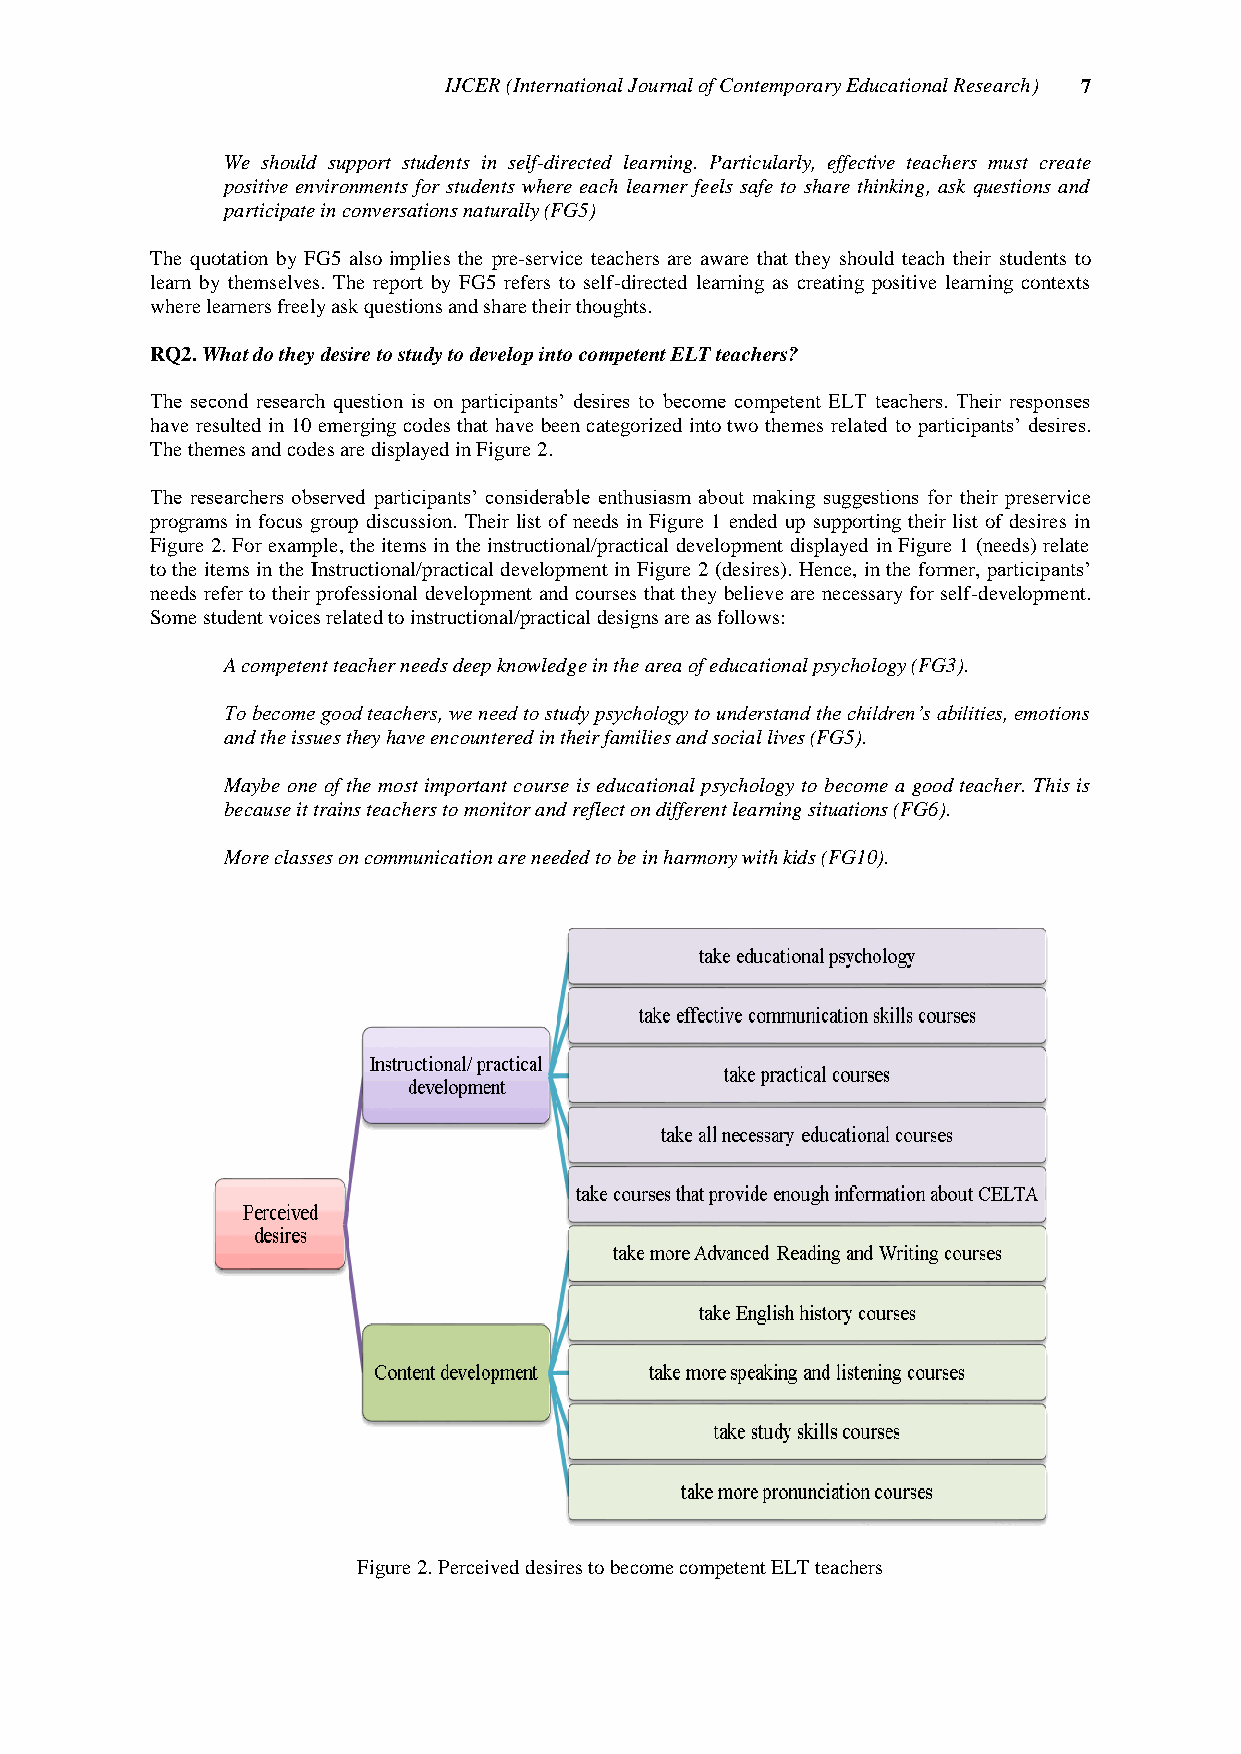
IJCER (International Journal of Contemporary Educational Research) 7
 We should support students in self-directed learning. Particularly, effective teachers must create
 positive environments for students where each learner feels safe to share thinking, ask questions and
 participate in conversations naturally (FG5)
 The quotation by FG5 also implies the pre-service teachers are aware that they should teach their students to
 learn by themselves. The report by FG5 refers to self-directed learning as creating positive learning contexts
 where learners freely ask questions and share their thoughts.
 RQ2. What do they desire to study to develop into competent ELT teachers?
 The second research question is on participants‟ desires to become competent ELT teachers. Their responses
 have resulted in 10 emerging codes that have been categorized into two themes related to participants‟ desires.
 The themes and codes are displayed in Figure 2.
 The researchers observed participants‟ considerable enthusiasm about making suggestions for their preservice
 programs in focus group discussion. Their list of needs in Figure 1 ended up supporting their list of desires in
 Figure 2. For example, the items in the instructional/practical development displayed in Figure 1 (needs) relate
 to the items in the Instructional/practical development in Figure 2 (desires). Hence, in the former, participants‟
 needs refer to their professional development and courses that they believe are necessary for self-development.
 Some student voices related to instructional/practical designs are as follows:
 A competent teacher needs deep knowledge in the area of educational psychology (FG3).
 To become good teachers, we need to study psychology to understand the children’s abilities, emotions
 and the issues they have encountered in their families and social lives (FG5).
 Maybe one of the most important course is educational psychology to become a good teacher. This is
 because it trains teachers to monitor and reflect on different learning situations (FG6).
 More classes on communication are needed to be in harmony with kids (FG10).
 Figure 2. Perceived desires to become competent ELT teachers